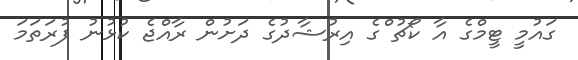
ގައުމީ ޓީމްގެ އާ ކޯޗު ްގެ އިރުޝާދުގެ ދަށުން ރާއްޖެ ކުޅުނު ފުރަތަމަ